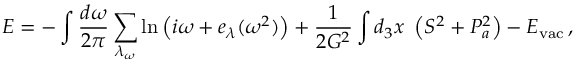
E = - \int \frac { d \omega } { 2 \pi } \sum _ { \lambda _ { \omega } } \ln \left( i \omega + e _ { \lambda } ( \omega ^ { 2 } ) \right) + \frac { 1 } { 2 G ^ { 2 } } \int d _ { 3 } x \, \, \left( S ^ { 2 } + P _ { a } ^ { 2 } \right) - E _ { \mathrm { v a c } } \, ,